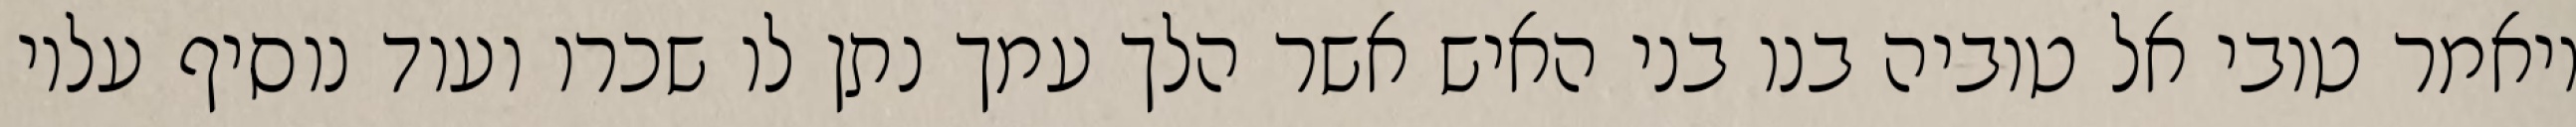
ויאמר טובי אל טוביה בנו בני האיש אשר הלך עמך נתן לו שכרו ועוד נוסיף עליו